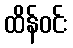
ထိန်ဝင်း